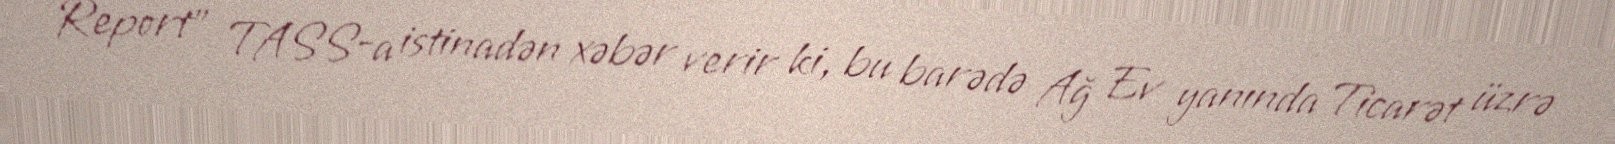
Report" TASS-a istinadən xəbər verir ki, bu barədə Ağ Ev yanında Ticarət üzrə